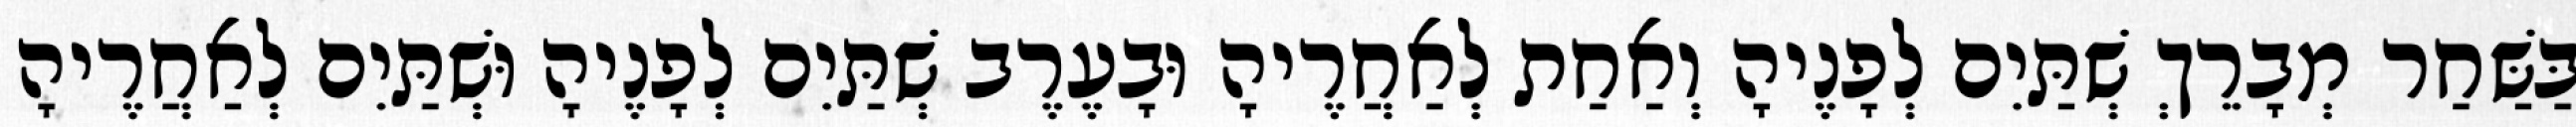
בַּשַּׁחַר מְבָרֵךְ שְׁתַּיִם לְפָנֶיהָ וְאַחַת לְאַחֲרֶיהָ וּבָעֶרֶב שְׁתַּיִם לְפָנֶיהָ וּשְׁתַּיִם לְאַחֲרֶיהָ